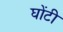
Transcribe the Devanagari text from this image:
घोंटी